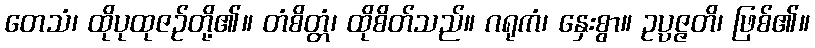
တေသံ၊ ထိုပုထုဇဉ်တို့၏။ တံစိတ္တံ၊ ထိုစိတ်သည်။ ဂရုကံ၊ နှေးစွာ။ ဥပ္ပဇ္ဇတိ၊ ဖြစ်၏။